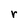
Character: r